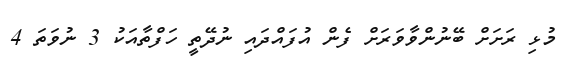
މުޅި ރަށަށް ބޭނުންވާވަރަށް ފެން އުފައްދައި ނުދޭތީ ހަފްތާއަކު 3 ނުވަތަ 4